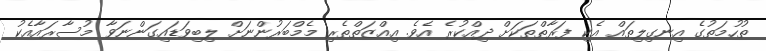
ތުހުމަތުގެ އިނގިލިތައް އެކި ފަރާތްތަކަށް ދިއްކުރެ އެވެ. އިއްޒަތްތެރި މެމްބަރުންނަށް ލިބިވަޑައިގަންނަވާ މުސާރައާއެކު